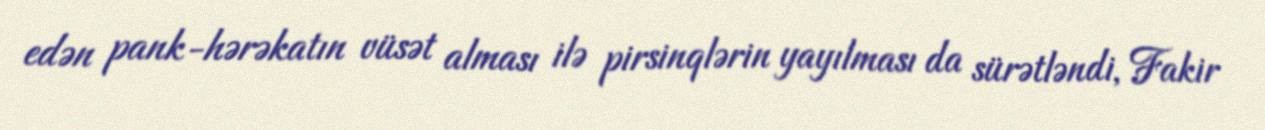
edən pank-hərəkatın vüsət alması ilə pirsinqlərin yayılması da sürətləndi, Fakir